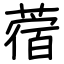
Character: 蓿